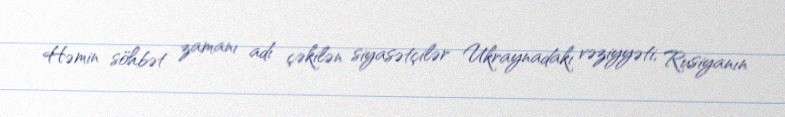
Həmin söhbət zamanı adı çəkilən siyasətçilər Ukraynadakı vəziyyəti, Rusiyanın